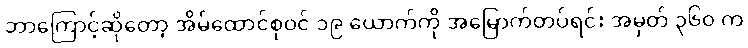
ဘာကြောင့်ဆိုတော့ အိမ်ထောင်စုဝင် ၁၉ ယောက်ကို အမြောက်တပ်ရင်း အမှတ် ၃၆၀ က